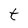
Character: t